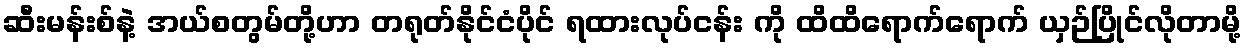
ဆီးမန်းစ်နဲ့ အယ်စတွမ်တို့ဟာ တရုတ်နိုင်ငံပိုင် ရထားလုပ်ငန်း ကို ထိထိရောက်ရောက် ယှဉ်ပြိုင်လိုတာမို့